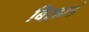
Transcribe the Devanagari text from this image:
बिऱ्हाडं